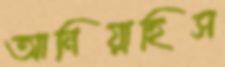
আনিয়াছিস